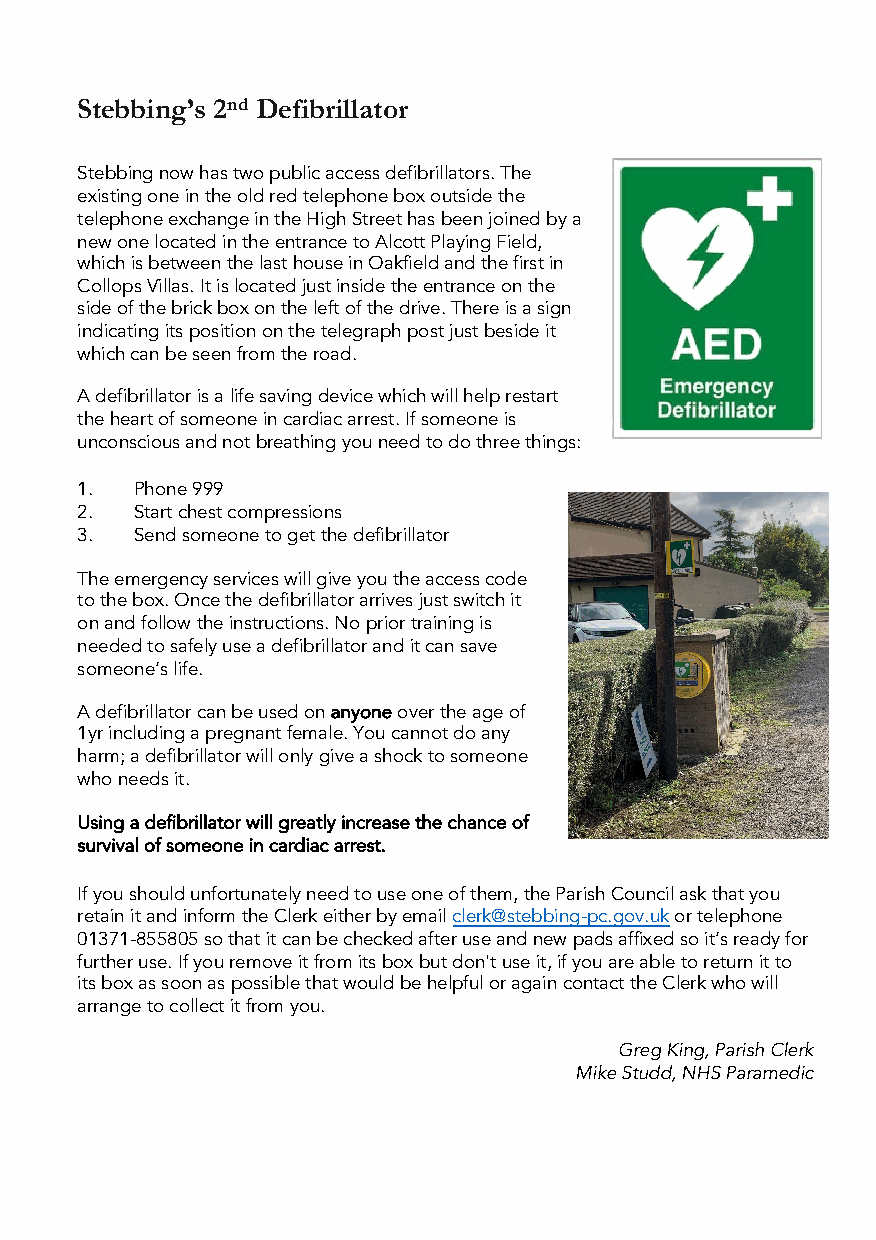
Stebbing’s 2nd Defibrillator
 Stebbingnow has two public access defibrillators. The
 existing one in the old red telephone box outside the
 telephone exchange in the High Street has been joined by a
 new one located in the entrance to Alcott Playing Field,
 which is between the last house in Oakfield and the first in
 Collops Villas. It is located just inside the entrance on the
 side of the brick box on the left of the drive. There is a sign
 indicating its position on the telegraph post just beside it
 which can be seen from the road.
 A defibrillator is a life saving device which will help restart
 the heart of someone in cardiac arrest. If someone is
 unconscious and not breathing you need to do three things:
 1.  Phone 999
 2.  Start chest compressions
 3.  Send someone to get the defibrillator
 The emergency services will give you the access code
 to the box. Once the defibrillator arrives just switch it
 on and follow the instructions. No prior training is
 needed to safely use a defibrillator and it can save
 someone’s life.
 A defibrillator can be used on anyoneover the age of
 1yr including a pregnant female. You cannot do any
 harm; a defibrillator will only give a shock to someone
 who needs it.
 Using a defibrillator will greatly increase the chance of
 survival of someone in cardiac arrest.
 If you should unfortunately need to use one of them, the Parish Council ask that you
 retain it and inform the Clerk either by email clerk@stebbing-pc.gov.ukor telephone
 01371-855805 so that it can be checked after use and new pads affixed so it’s ready for
 further use. If you remove it from its box but don't use it, if you are able to return it to
 its box as soon as possible that would be helpful or again contact the Clerk who will
 arrange to collect it from you.
 Greg King, Parish Clerk
 Mike Studd, NHS Paramedic